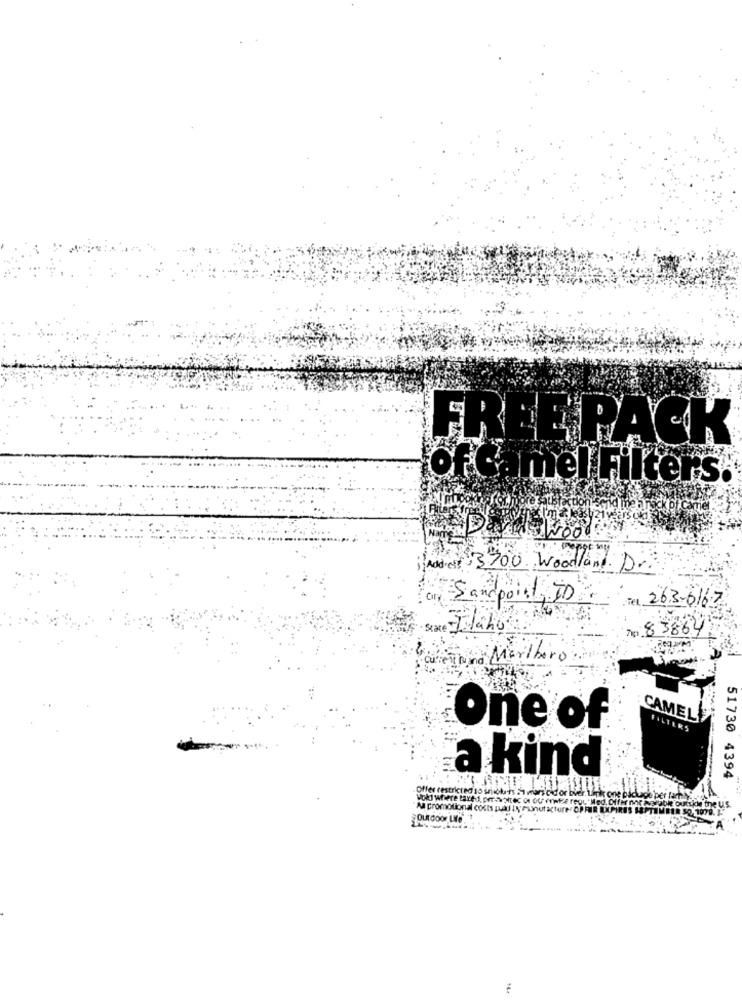
FREE PACK
of Camel Filters.
Add-cit 3700 Woodland Dri
Sandpoint, ID
Tel 263-616-7
de Ilahos
To 83864
Marlboro
CAMEL
One of
FILTER
a kind
51730 4394
offer restricted to unidu ts :
Noki where baked. per Soltec
fedor bien
A promotional costs pued by manufacture OF
mate reou!
QUEDOOF LMO